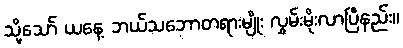
သို့သော် ယနေ့ ဘယ်သဘောတရားမျိုး လွှမ်းမိုးလာပြီနည်း။